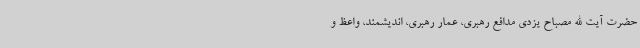
حضرت آیت الله مصباح یزدی مدافع رهبری، عمار رهبری، اندیشمند، واعظ و